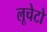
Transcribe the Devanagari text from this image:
लूचेटो